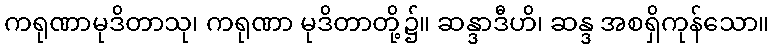
ကရုဏာမုဒိတာသု၊ ကရုဏာ မုဒိတာတို့၌။ ဆန္ဒာဒီဟိ၊ ဆန္ဒ အစရှိကုန်သော။